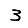
Digit: 3